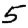
Digit: 5